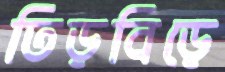
তিড়বিড়ে